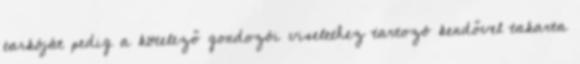
tarkóját pedig a kötelező gondozói viselethez tartozó kendővel takarta